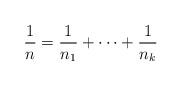
LaTeX: \begin{align*}\frac{1}{n} = \frac{1}{n_1} + \cdots + \frac{1}{n_k}\end{align*}